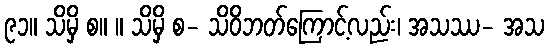
၉၁။ သိမှိ စ။ ။ သိမှိ စ- သိဝိဘတ်ကြောင့်လည်း၊ အသဿ- အသ